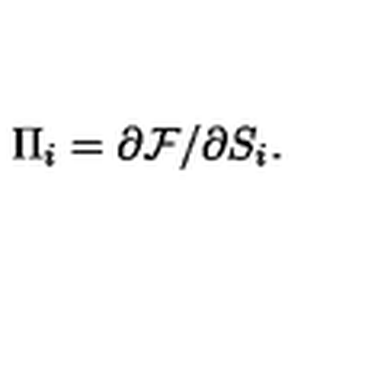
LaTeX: \Pi _ { i } = \partial { \cal F } / \partial S _ { i } .